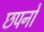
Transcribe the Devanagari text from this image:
छपनों